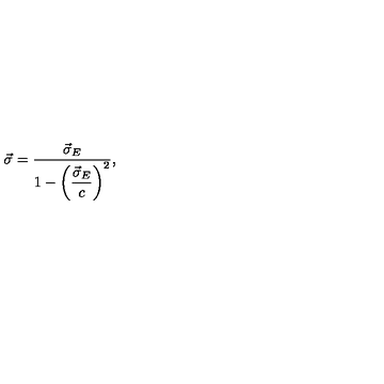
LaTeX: \vec { \sigma } = \frac { \vec { \sigma } _ { E } } { 1 - \left( \displaystyle \frac { \vec { \sigma } _ { E } } { c } \right) ^ { 2 } } ,